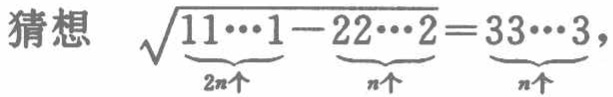
猜想 \(\sqrt{\underbrace{11\cdots1}_{2n个}-\underbrace{22\cdots2}_{n个}}=\underbrace{33\cdots3}_{n个}\)